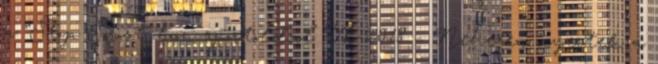
a “Stop Sorost” boon-sportoldal Vb-2018 – Nehezen nyertek a